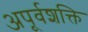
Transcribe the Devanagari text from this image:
अपूर्वशक्ति